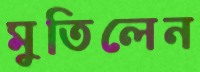
মুতিলেন